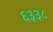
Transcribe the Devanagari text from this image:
६३३८